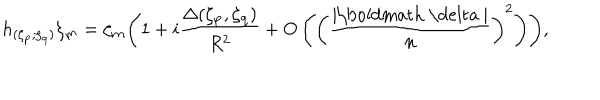
h _ { ( \zeta _ { \bf p } , \zeta _ { \bf q } ) } \zeta _ { \bf m } = \zeta _ { \bf m } \Biggl ( 1 + i \frac { \Delta ( \zeta _ { \bf p } , \zeta _ { \bf q } ) } { R ^ { 2 } } + O \left( \biggl ( \frac { | \mathrm { \boldmath ~ \ d e l t a ~ } | } { n } \biggr ) ^ { 2 } \right) \Biggr ) ,